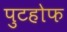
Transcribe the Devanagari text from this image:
पुटहोफ